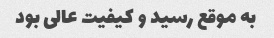
به موقع رسید و کیفیت عالی بود